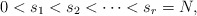
\begin{align*}0 < s_1 < s_2 < \cdots < s_r = N,\end{align*}